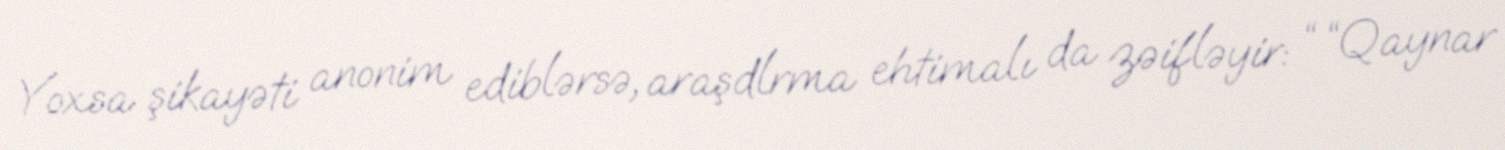
Yoxsa şikayəti anonim ediblərsə, araşdlrma ehtimalı da zəifləyir: “ “Qaynar